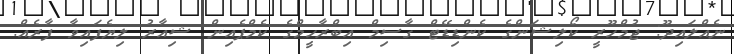
ނެއްލައިދޫ: ޖުމްހޫރީ ކޯލިޝަންގެ ކެންޑިޑޭޓް ގާސިމް އިބްރާހީމްގެ ކެމްޕެއިން ޝިއާރު ލިޔެފައިވާ ފާރެއް.